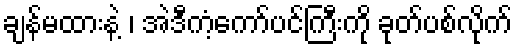
ချန်မထားနဲ့ ၊ အဲဒီကံ့ကော်ပင်ကြီးကို ခုတ်ပစ်လိုက်